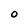
Character: O